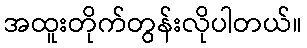
အထူးတိုက်တွန်းလိုပါတယ်။